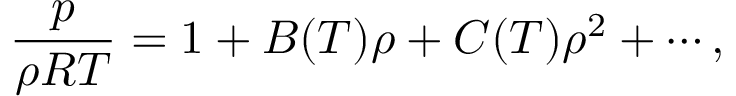
\frac { p } { \rho R T } = 1 + B ( T ) \rho + C ( T ) \rho ^ { 2 } + \cdots ,